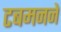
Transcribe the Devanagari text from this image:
टबमनने